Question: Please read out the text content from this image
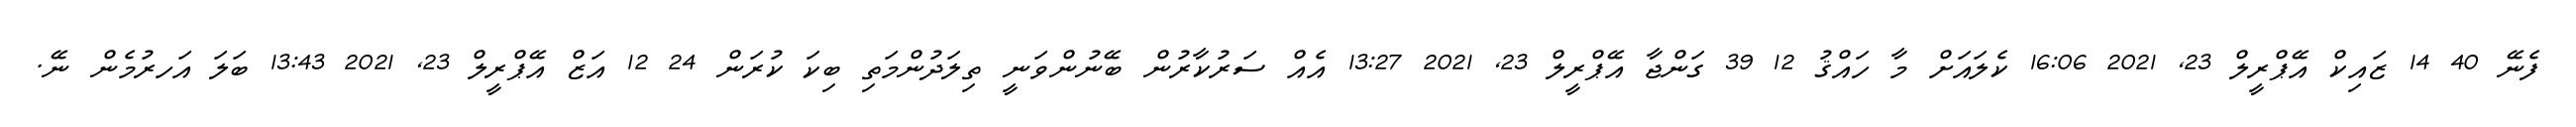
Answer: ފެނޭ 40 14 ޒައިކް އޭޕްރީލް 23, 2021 16:06 ކެލައަށް މާ ހައްޤު 12 39 ގަންޖާ އޭޕްރީލް 23, 2021 13:27 އެއް ސަރުކާރުން ބޭނުންވަނީ ތިލަދުންމަތި ބިކަ ކުރަން 24 12 އަޒް އޭޕްރީލް 23, 2021 13:43 ބަލަ އަހރުމެން ނޭ.